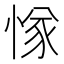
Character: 㥞